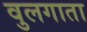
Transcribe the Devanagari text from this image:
वुलगाता